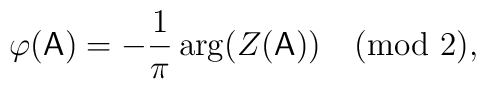
\varphi(\mathsf{A}) = -\frac1\pi\arg(Z(\mathsf{A})) \pmod2,